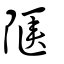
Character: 陿